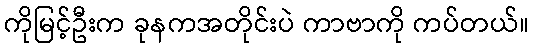
ကိုမြင့်ဦးက ခုနကအတိုင်းပဲ ကာဗာကို ကပ်တယ်။